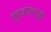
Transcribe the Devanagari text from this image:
नुवोलारी